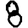
Digit: 8